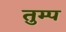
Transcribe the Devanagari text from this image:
तुम्प